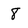
Character: 8